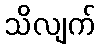
သိလျက်